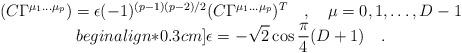
LaTeX: \begin{align*}\begin{array}{c}\displaystyle(C \Gamma^{\mu_1\dots \mu_p}) = \epsilon (-1)^{(p-1)(p-2)/2}(C\Gamma^{\mu_1\dots \mu_p})^T \quad,\quad\mu=0,1,\dots,D-1\\begin{align*}0.3cm]\displaystyle\epsilon = -\sqrt{2} \cos {\pi\over 4} (D+1)\quad.\end{array}\end{align*}